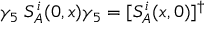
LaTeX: \gamma _ { 5 } \; S _ { A } ^ { i } ( 0 , x ) \gamma _ { 5 } = [ S _ { A } ^ { i } ( x , 0 ) ] ^ { \dagger }